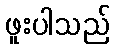
ဖူးပါသည်